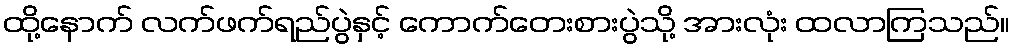
ထို့နောက် လက်ဖက်ရည်ပွဲနှင့် ကောက်တေးစားပွဲသို့ အားလုံး ထလာကြသည်။